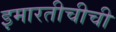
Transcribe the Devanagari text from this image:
इमारतीचीची